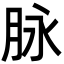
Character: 脉